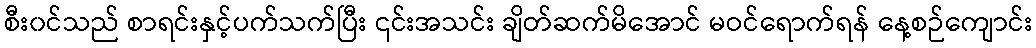
စီး၀င်သည် စာရင်းနှင့်ပက်သက်ပြီး ၎င်းအသင်း ချိတ်ဆက်မိအောင် မဝင်ရောက်ရန် နေ့စဉ်ကျောင်း